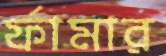
র্ফামার